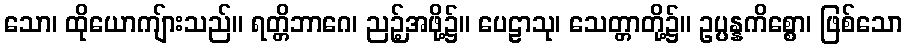
သော၊ ထိုယောကျ်ားသည်။ ရတ္တိဘာဂေ၊ ညဉ့်အဖို့၌။ ပေဠာသု၊ သေတ္တာတို့၌။ ဥပ္ပန္နကိစ္စော၊ ဖြစ်သော